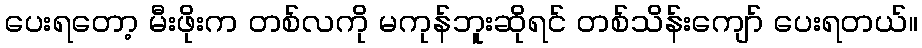
ပေးရတော့ မီးဖိုးက တစ်လကို မကုန်ဘူးဆိုရင် တစ်သိန်းကျော် ပေးရတယ်။